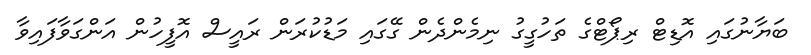
ބަޔާނުގައި އޮޑިޓް ރިޕޯޓްގެ ތަހުގީގު ނިމެންދެން ގޭގައި މަޑުކުރަން ރައީސް އޮފީހުން އަންގަވާފައިވާ